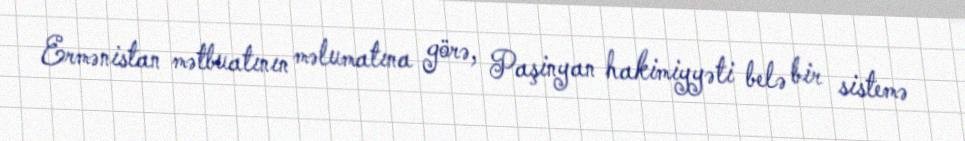
Ermənistan mətbuatının məlumatına görə, Paşinyan hakimiyyəti belə bir sistemə